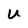
Character: U